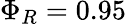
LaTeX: \Phi_{R}=0.95